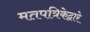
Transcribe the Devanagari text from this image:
मतपत्रिकेद्वारे